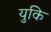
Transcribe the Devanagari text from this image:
युकि